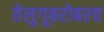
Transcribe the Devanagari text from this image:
तेलुगूबरोबरच